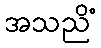
အသညိံ